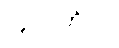
(၄) ဝတ်ပါ။